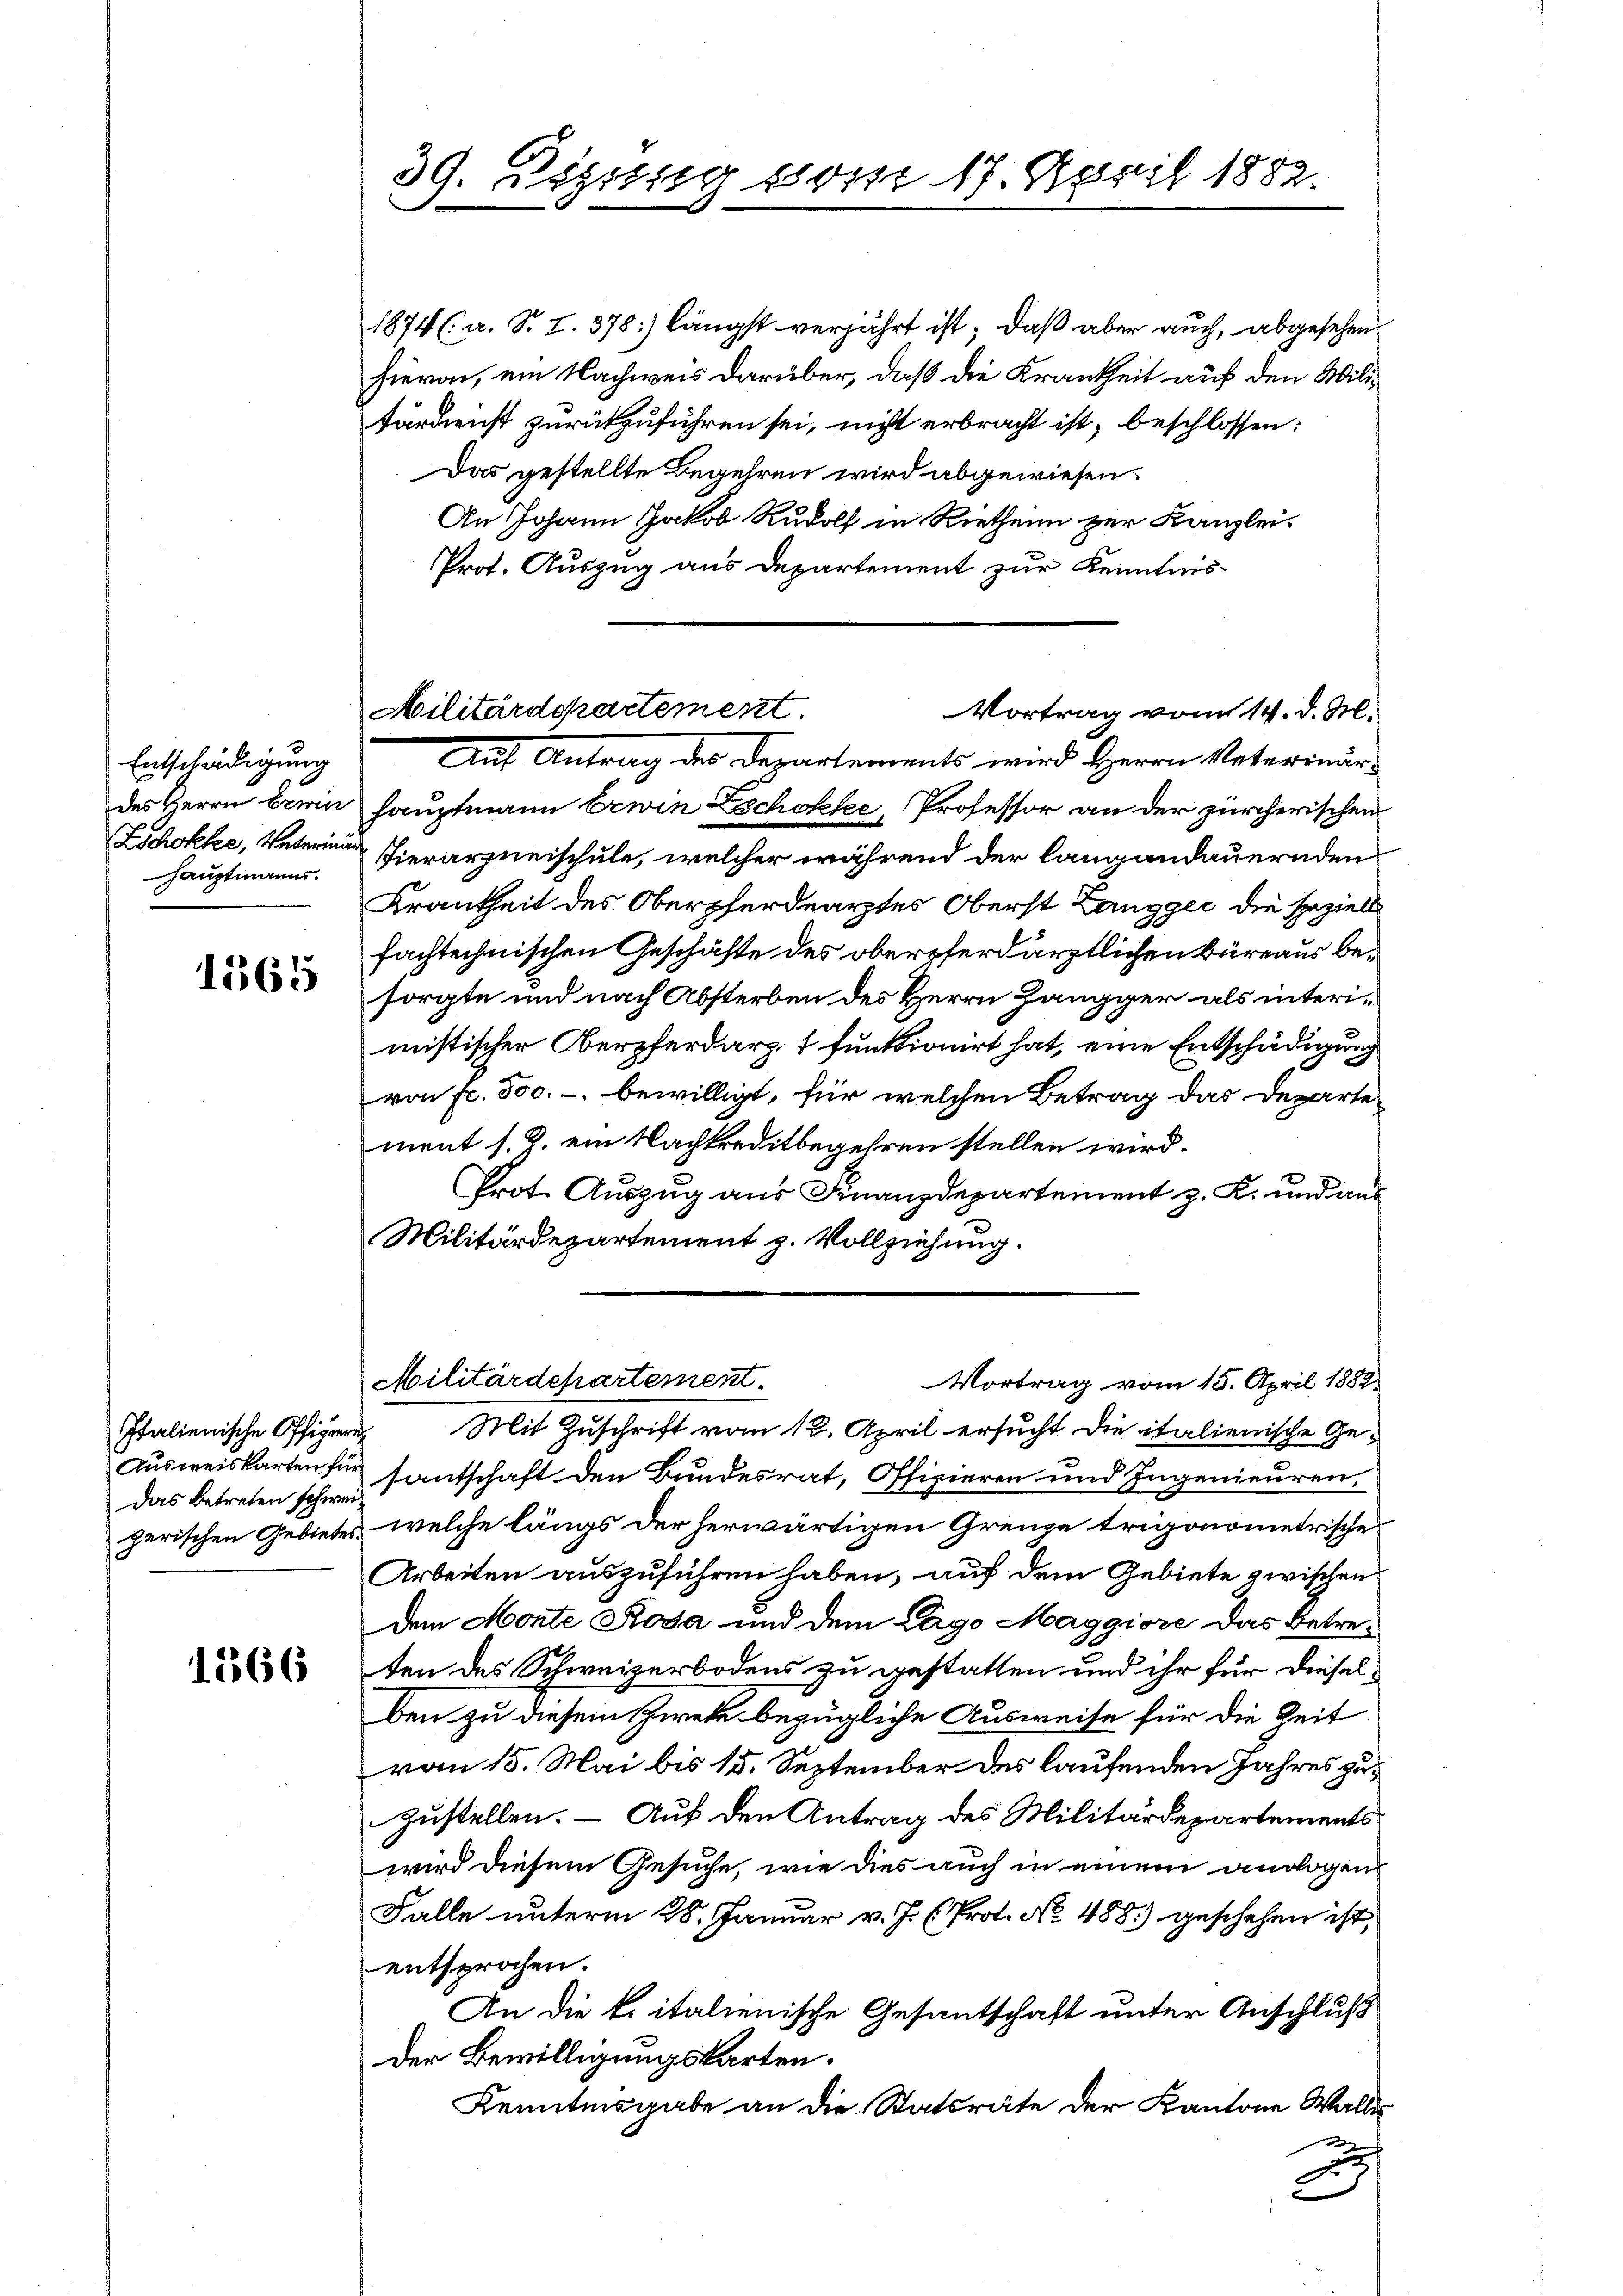
Entschädigung
des Herrn Bewir
Hauptmanns.

1565

Italienische Offigieru
das betreten schwei¬

1566

39. Dezzug vom 17. April 1882.

1874 (a. S. Z. 378) längst verjährt ist; daß aber auch, abgesehen
hievon, ein Nachweis darüber, daß die Krankheit auf den Wilitärdienst zurückzuführen sei, nicht erbracht ist, beschlossen:
Das gestellte Begehren wird abgewiesen.
An Johann Jakob Rudolf in Rietheim zur Kanzlei¬
Prof. Auszug aus Departement zur Kenntnishauptmann bewin Schokke Professor an der zürcherischen
Zschokke, Veterin hierarzneischule, welcher während der langandauernden
Krautheit des Oberpferdearztes Oberst Langger die speziell
fachtechnischen Geschäfte des oberpferdärztlichen Büreaus besorgte und nach Absterben des Herrn Zangger als interimistischer Oberpferdarzt funktionirt hat, eine Entschädigung
von fl. 500.- bewilligt, für welchen Betrag das Departe
ment s. Z. ein Nachkreditbegehren stellen wird.
Prot. Auszug aus Finanzdepartement z. K. und aus
Militärdepartement z. Vollziehung.
Militärdepartement.
Vortrag vom 15. April 1882
Mit Zuschrift vom 12. April ersucht die italienische Ge¬
Ausweiskarten für santschaft den Bundesrat, Offizieren und Ingenieuren,
zerischen Gebietes, welche längs der herwärtigen Grenze trigonometrische
Arbeiten auszuführen haben, auf dem Gebiete zwischen
dem Monte Rosa und dem Lago Maggiore das Betreten des Schweizerbodens zu gestatten und ihr für dieselben zu diesem Zwek bezügliche Ausweise für die Zeit
vom 15. Mai bis 15. September des laufenden Jahres zuzustellen. — Auf den Antrag des Militärdepartements
wird diesem Gesuche, wie dies auch in einem andogen
Falle unterm 28. Januar v. J. (Prot. No. 488.) geschehen ist,
entsprochen.
An die kritalienische Gesantschaft unter Anschluß
Der Bewilligungskarten.
Kenntnisgabe an die Statsräte der Kantone Wallis
 f 0 x
.
|

Militärdepartement.
Vortrag vom 14. d. M.
Auf Antrag des Departements wird Herrn Vaterinär-